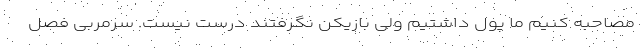
مصاحبه کنیم ما پول داشتیم ولی بازیکن نگرفتند درست نیست. سرمربی فصل